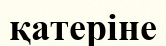
қатеріне